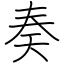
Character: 奏